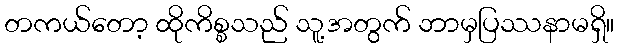
တကယ်တော့ ထိုကိစ္စသည် သူ့အတွက် ဘာမှပြဿနာမရှိ။